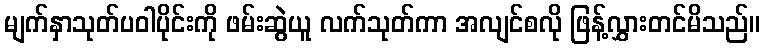
မျက်နှာသုတ်ပဝါပိုင်းကို ဖမ်းဆွဲယူ လက်သုတ်ကာ အလျင်စလို ဖြန့်လွှားတင်မိသည်။